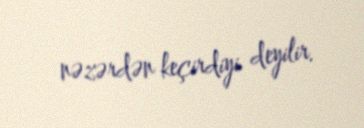
nəzərdən keçirdiyi deyilir.